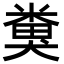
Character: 𥻜